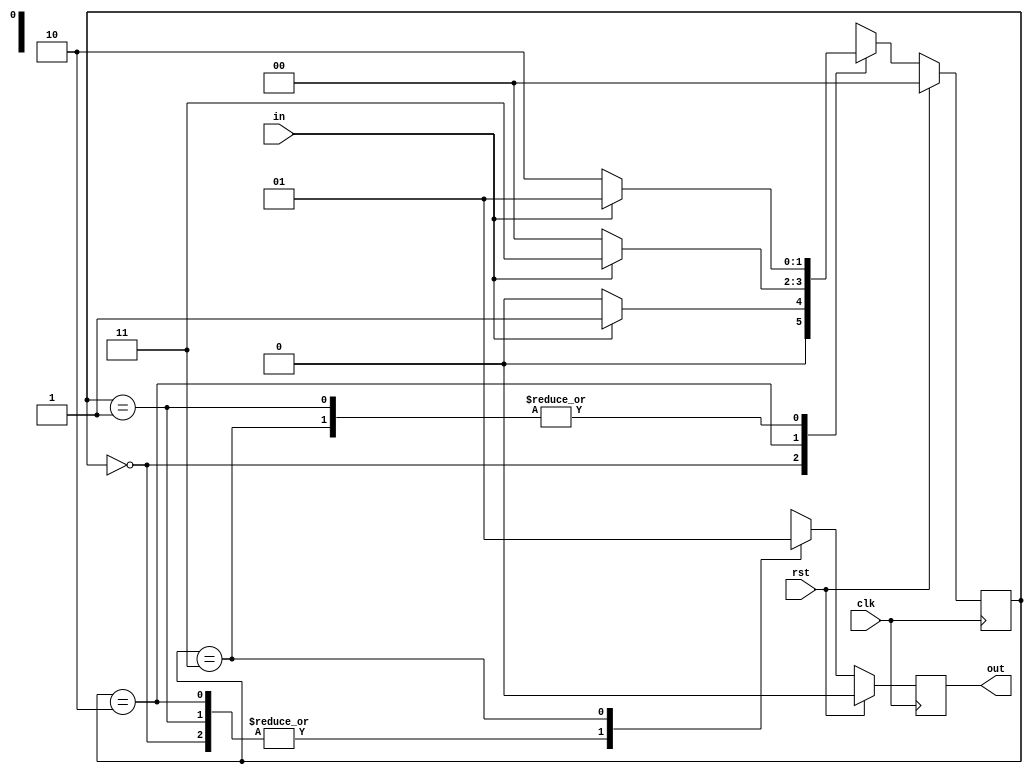
`timescale 1ns / 1ps
//////////////////////////////////////////////////////////////////////////////////
// Company: 
// Engineer: 
// 
// Design Name: 
// Module Name: moorefsm
// Project Name: 
// Target Devices: 
// Tool Versions: 
// Description: 
// 
// Dependencies: 
// 
// Revision:
// Revision 0.01 - File Created
// Additional Comments:
// 
//////////////////////////////////////////////////////////////////////////////////


   module moorefsm(
      input in,
      input clk,
      input rst,
      output reg out
        );
        reg[1:0] cst;
        reg[1:0] nst;
        
        parameter [1:0]s0=2'b00;
        parameter [1:0]s1=2'b01;
        parameter [1:0]s2=2'b10;
         parameter [1:0]s3=2'b11;
        
        always@(posedge clk)
        begin
        if(rst) begin
        out=1'b0;
        cst=s0;
        nst=s0; end
        else
          begin
          cst=nst;
          
          case(nst)
          
        s0:begin out=1'b0;
        if(in) begin
        
        nst=s1;end
        
        else begin
       
        nst=s0;end  
        end
        
        
         s1:begin out =1'b0;
         if(in) begin
          
           nst=s1;end
           else begin
           
           nst=s2;end  
           end
           
            s2:begin out =1'b0;
            if(in) begin
                    
                    nst=s3;end
                    else begin
                    
                    nst=s0;end  
                    end
                    
            s3:begin out =1'b1;
                       if(in) begin
                                        
                       nst=s1;end
                        else begin
                                        
                         nst=s2;end  
                           end        
                    
                    endcase
           end
           end  
        
        
        
    endmodule